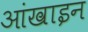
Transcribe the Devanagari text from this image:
आंखाइन